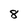
Character: 8